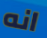
انه